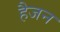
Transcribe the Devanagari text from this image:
हैजन